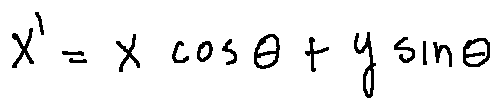
x ^ { \prime } = x \cos \theta + y \sin \theta